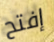
إفتح